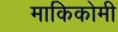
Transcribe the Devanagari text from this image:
माकिकोमी